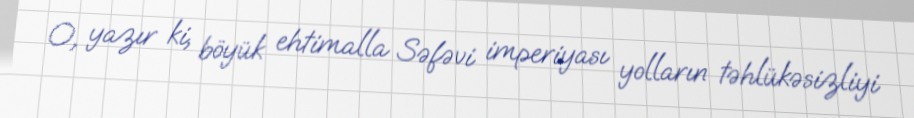
O, yazır ki, böyük ehtimalla Səfəvi imperiyası yolların təhlükəsizliyi